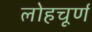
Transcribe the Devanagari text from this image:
लोहचूर्ण